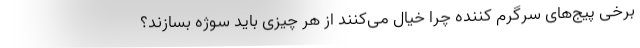
برخی پیج‌های سرگرم کننده چرا خیال می‌کنند از هر چیزی باید سوژه بسازند؟